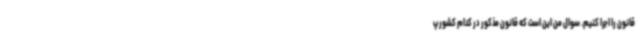
قانون را اجرا کنیم. سوال من این است که قانون مذکور در کدام کشور پ